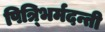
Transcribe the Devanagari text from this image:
पित्र्भिर्मदन्ती